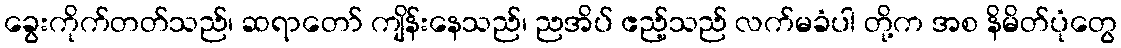
ခွေးကိုက်တတ်သည်၊ ဆရာတော် ကျိန်းနေသည်၊ ညအိပ် ဧည့်သည် လက်မခံပါ တို့က အစ နိမိတ်ပုံတွေ